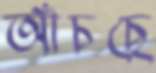
আঁচছে